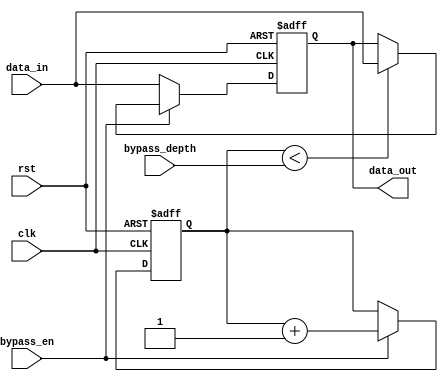
module variable_depth_bypass_register(
    input wire clk,
    input wire rst,
    input wire bypass_en,
    input wire [3:0] bypass_depth,
    input wire data_in,
    output reg data_out
);

reg [3:0] stage_count;

always @(posedge clk or posedge rst) begin
    if (rst) begin
        stage_count <= 0;
        data_out <= 0;
    end
    else begin
        if (bypass_en) begin
            // Implement bypass logic
            if (stage_count < bypass_depth) begin
                data_out <= data_in;
            end
            else begin
                data_out <= data_out;
            end
            stage_count <= stage_count + 1;
        end
        else begin
            data_out <= data_in;
        end
    end
end

endmodule